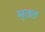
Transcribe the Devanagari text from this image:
मुतत